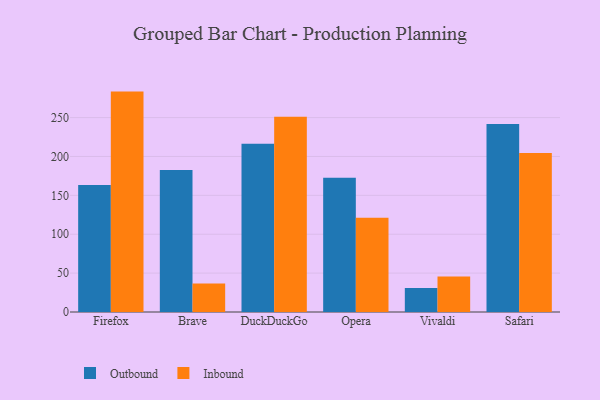
{"axis": {"x": "Browser", "y": "Website Visitors"}, "legend": ["Inbound", "Outbound"], "data": [{"x": "Firefox", "y": 163.2, "type": "Outbound"}, {"x": "Firefox", "y": 283.4, "type": "Inbound"}, {"x": "Brave", "y": 182.5, "type": "Outbound"}, {"x": "Brave", "y": 36.8, "type": "Inbound"}, {"x": "DuckDuckGo", "y": 216.4, "type": "Outbound"}, {"x": "DuckDuckGo", "y": 251.0, "type": "Inbound"}, {"x": "Opera", "y": 172.6, "type": "Outbound"}, {"x": "Opera", "y": 121.3, "type": "Inbound"}, {"x": "Vivaldi", "y": 30.9, "type": "Outbound"}, {"x": "Vivaldi", "y": 45.8, "type": "Inbound"}, {"x": "Safari", "y": 241.7, "type": "Outbound"}, {"x": "Safari", "y": 204.4, "type": "Inbound"}]}